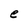
Character: e